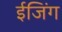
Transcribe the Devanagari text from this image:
ईजिंग